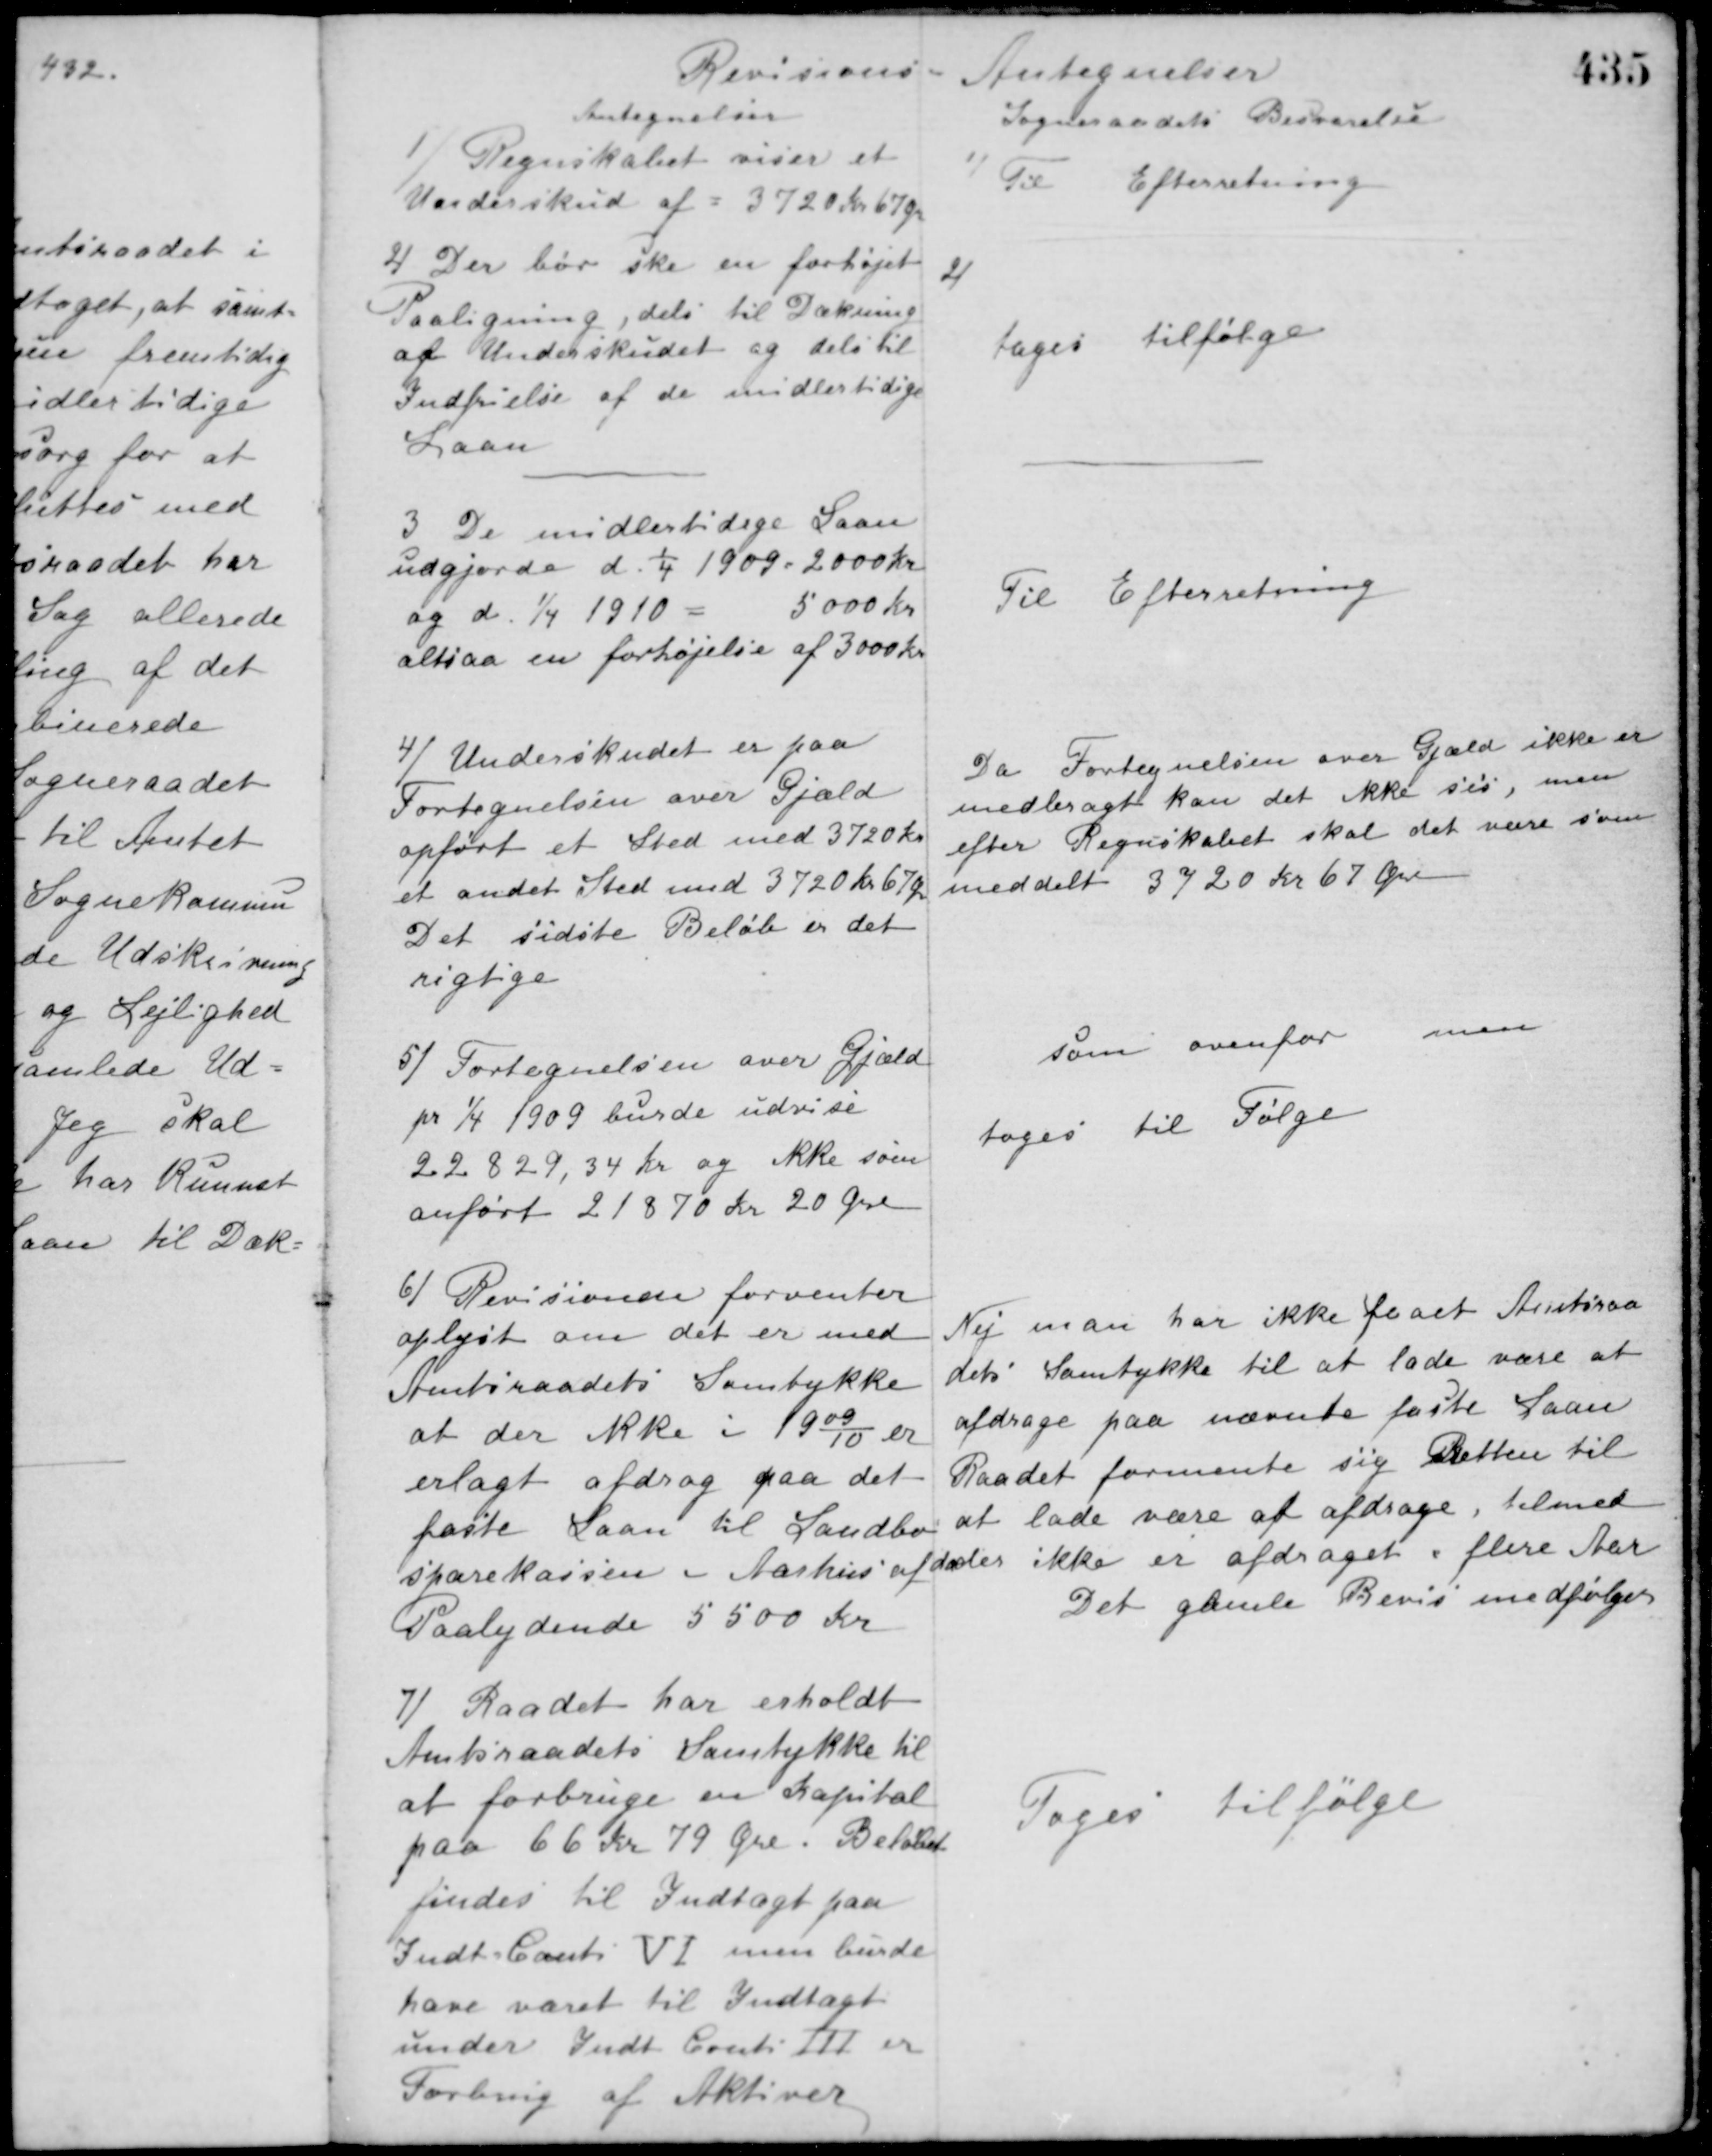
Transskription:
Revisions -
Antegnelser